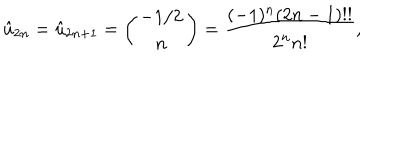
\hat { u } _ { 2 n } = \hat { u } _ { 2 n + 1 } = \left( \begin{array} { c } { { - 1 / 2 } } \\ { { n } } \\ \end{array} \right) = { \frac { ( - 1 ) ^ { n } ( 2 n - 1 ) ! ! } { 2 ^ { n } n ! } } ,